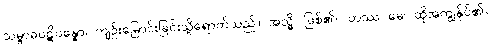
သမ္ဗာဓပဋိပန္နော၊ ကျဉ်းမြောင်းခြင်းသို့ရောက်သည်။ အသ္မိ၊ ဖြစ်၏။ တဿ မေ၊ ထိုအကျွန်ုပ်၏။